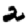
Digit: 2